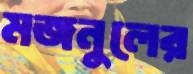
মজনুলের